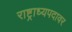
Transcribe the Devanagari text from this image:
राष्ट्राध्यपदावर